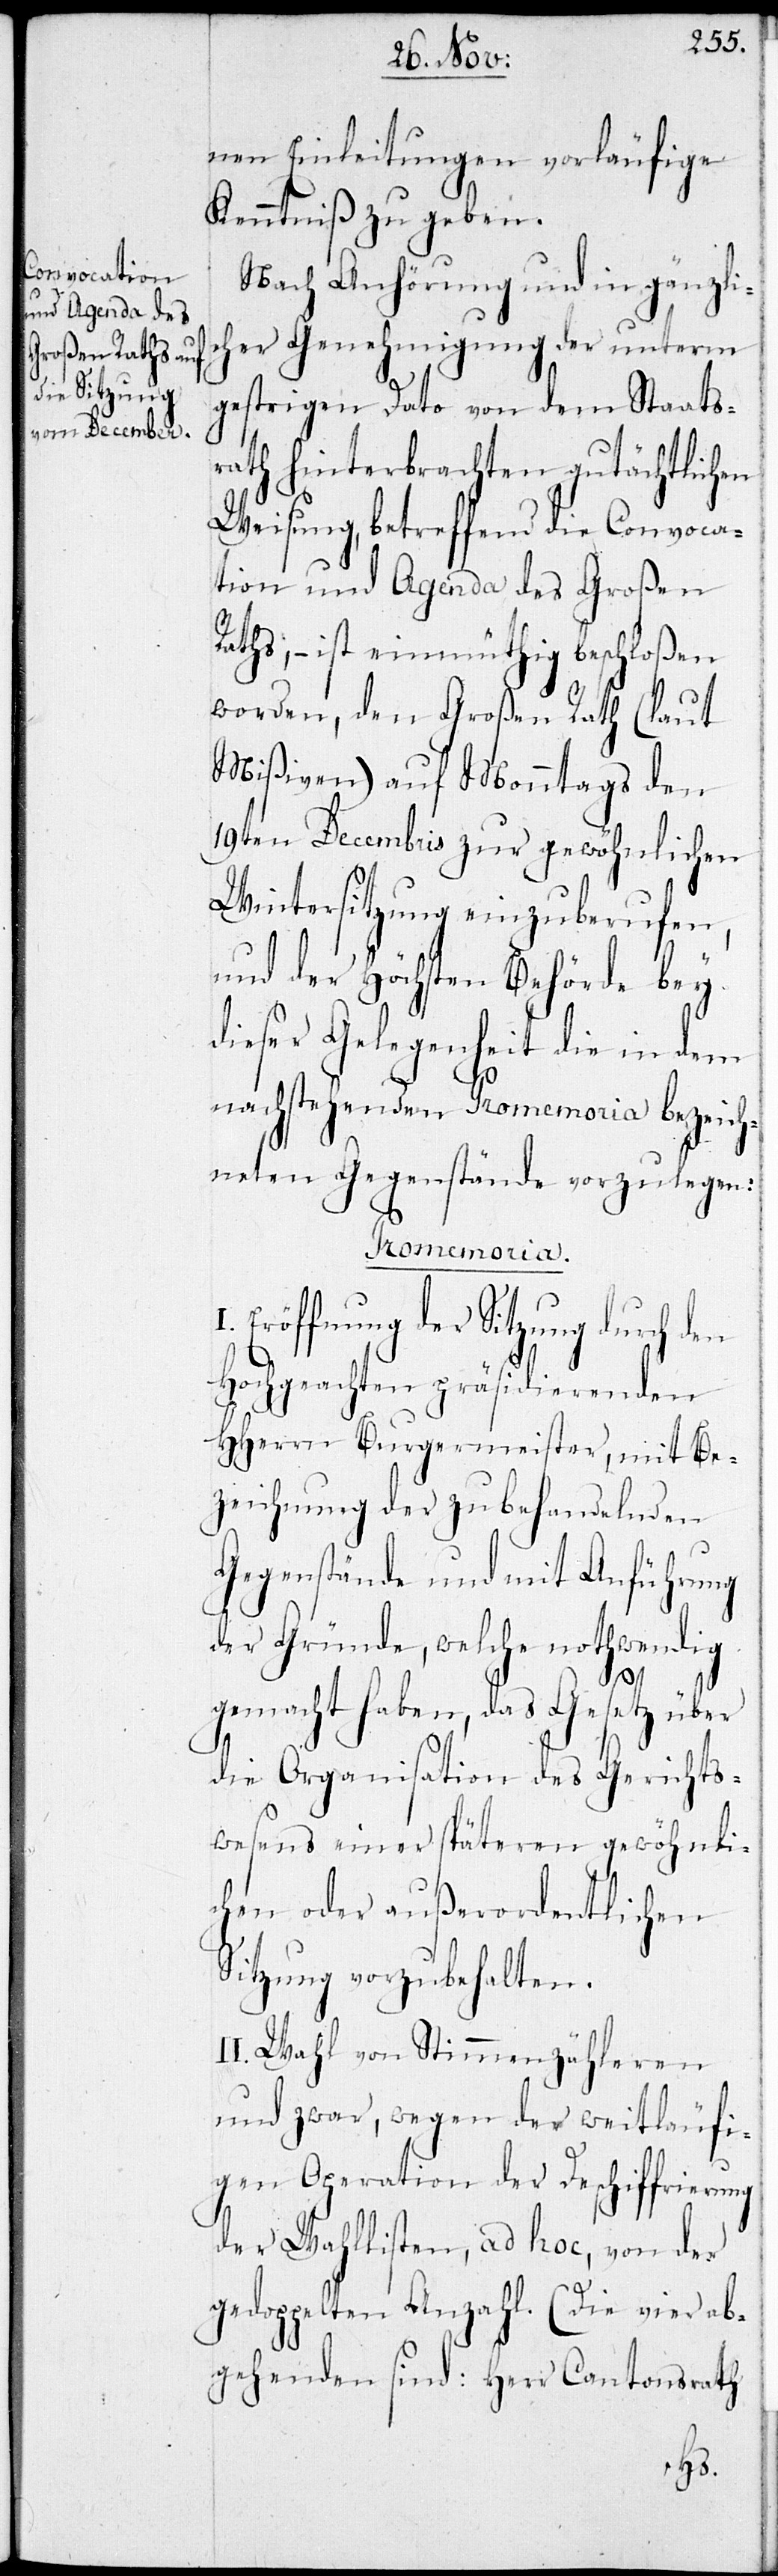
nen Einleitungen vorläufige
Kenntniß zu geben.
Nach Anhörung und in gänzli¬
cher Genehmigung der unterm
gestrigen Dato von dem Staats¬
rath hinterbrachten gutächtlichen
Weisung, betreffend die Convoca¬
tion und Agenda des Großen
Raths, – ist einmüthig beschloßen
worden, den Großen Rath (laut
Mißiven) auf Montags den
19ten Decembris zur gewöhnlichen,
und der höchsten Behörde bey
dieser Gelegenheit die in dem
nachstehenden Promemoria bezeich¬
neten Gegenstände vorzulegen:
Promemoria.
I. Eröffnung der Sitzung durch den
Hochgeachten präsidierenden
HHerren Burgermeister, mit Be¬
zeichnung der zu behandelnden
Gegenstände und mit Anführung
der Gründe, welche nothwendig
gemacht haben, das Gesetz über
die Organisation des Gerichts¬
wesens einer späteren gewöhnli¬
chen oder außerordentlichen
Sitzung vorzubehalten.
II. Wahl von Stimmenzähleren
und zwar, wegen der weitläufi¬
gen Operation der Deschiffrierung
der Wahllisten, ad hoc, von der
gedoppelten Anzahl (Die vier ab¬
gehenden sind: Herr Cantonsrath